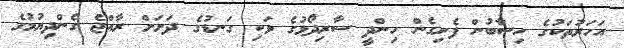
އަހަރުތަކުގެ ހިސާބުން ފެށިގެން ހިންދީ ސާރިދޯޅުގެ ވަކި ގަނޑުގެ ދަށަށް ރާއްޖެ ގެންދިޔުމުގެ